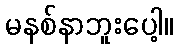
မနစ်နာဘူးပေါ့။